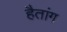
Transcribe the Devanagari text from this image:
हैतांग